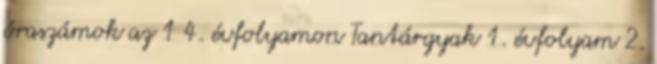
óraszámok az 1 4. évfolyamon Tantárgyak 1. évfolyam 2.